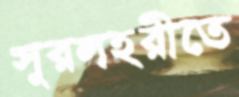
সুরলহরীতে